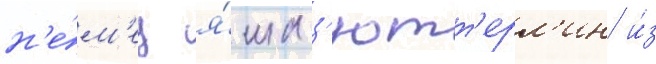
н'е́м'ец я́ша з'ютт'ерл'ин и́з